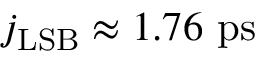
j _ { \mathrm { L S B } } \approx 1 . 7 6 ~ \mathrm { p s }